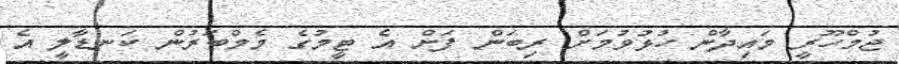
ޖުމްހޫރީ މައިދާން ހުޅުވުމަށް ރިބަން ފަށް އެ ޓީމުގެ މެމްބަރުން ކަނޑާލީ އެ